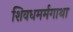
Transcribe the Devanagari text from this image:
शिवधमर्मगाथा